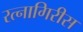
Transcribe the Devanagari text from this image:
रत्नागिरीस